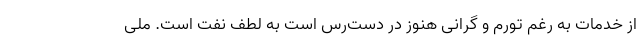
از خدمات به رغم تورم و گرانی هنوز در دست‌رس است به لطف نفت است. ملی